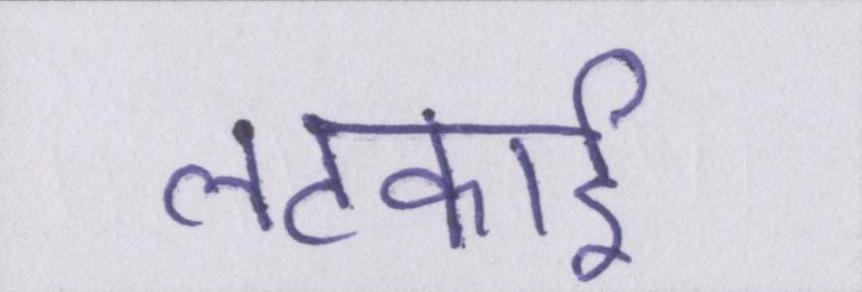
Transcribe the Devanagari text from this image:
लटकाई